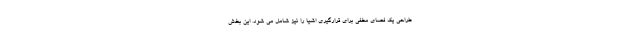
طراحی یک فضای مخفی برای قرارگیری اشیا را نیز شامل می شود. این بخش